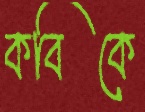
কবিকে